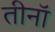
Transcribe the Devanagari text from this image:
तीनॉ